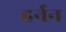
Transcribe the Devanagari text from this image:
हर्नन